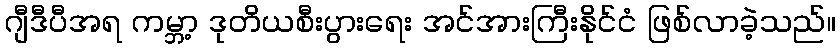
ဂျီဒီပီအရ ကမ္ဘာ့ ဒုတိယစီးပွားရေး အင်အားကြီးနိုင်ငံ ဖြစ်လာခဲ့သည်။